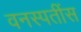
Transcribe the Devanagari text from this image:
वनस्पतींस